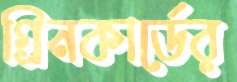
গ্রিনকার্ডের